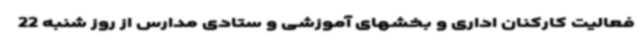
فعالیت کارکنان اداری و بخشهای آموزشی و ستادی مدارس از روز شنبه 22